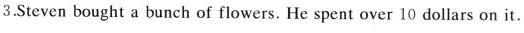
3.Steven bought a bunch of flowers. He spent over 10 dollars on it.